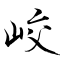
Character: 峧